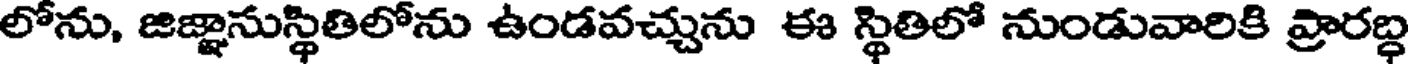
లోను, జిజ్ఞానుస్థితిలోను ఉండవచ్చును ఈ స్థితిలో నుండువారికి ప్రారబ్ధ